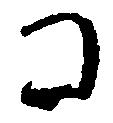
コ